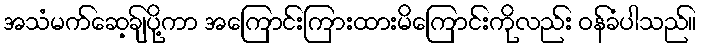
အသံမက်ဆေ့ချ်ပို့ကာ အကြောင်းကြားထားမိကြောင်းကိုလည်း ဝန်ခံပါသည်။